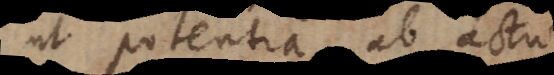
ut potentia ab actu.